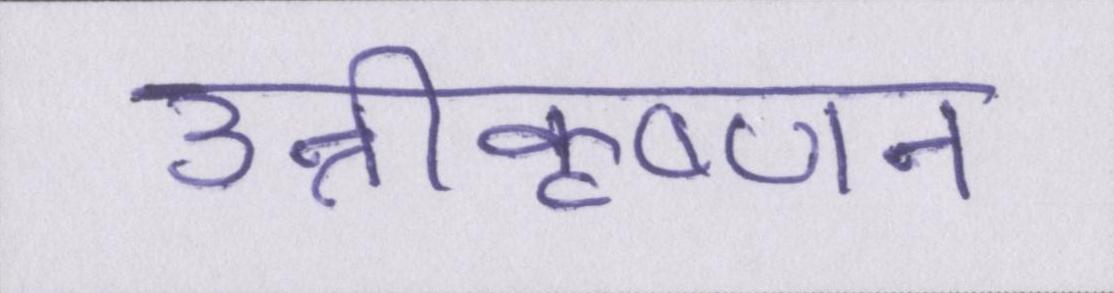
उन्नीकृष्णन